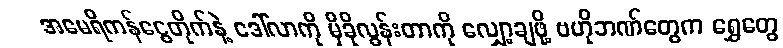
အမေရိကန်ငွေတိုက်နဲ့ ဒေါ်လာကို မှီခိုလွန်းတာကို လျှော့ချဖို့ ဗဟိုဘဏ်တွေက ရွှေတွေ